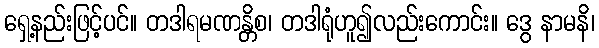
ရှေ့နည်းဖြင့်ပင်။ တဒါရမဏန္တိစ၊ တဒါရုံဟူ၍လည်းကောင်း။ ဒွေ နာမနိ၊